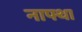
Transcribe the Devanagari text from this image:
नाफ्था